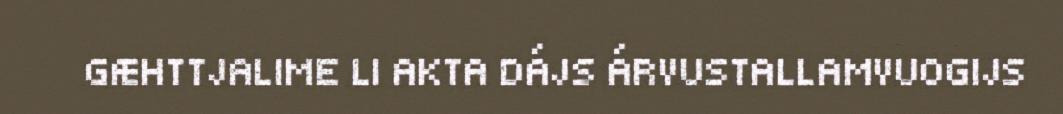
GÆHTTJALIME LI AKTA DÁJS ÁRVUSTALLAMVUOGIJS